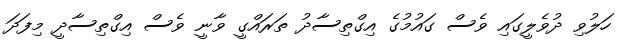
ހަލުވި ދުވެލީގައި ވެސް ގައުމުގެ އިގްތިސާދު ތަރައްގީ ވާނީ ވެސް އިގްތިސާދީ މިފަދަ